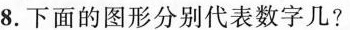
8.下面的图形分别代表数字几?